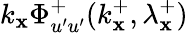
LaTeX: k_{\mathbf{x}}\Phi_{u^{\prime}u^{\prime}}^{+}(k_{\mathbf{x}}^{+},\lambda_{\mathbf{x}}^{+})